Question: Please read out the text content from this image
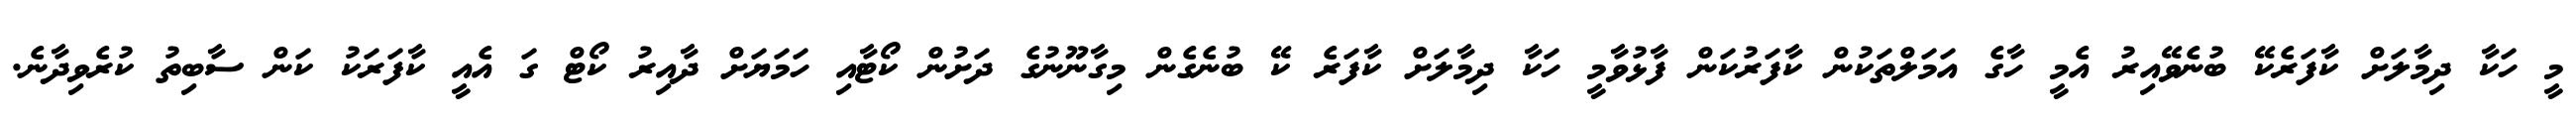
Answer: މީ ހަކާ ދިމާލަށް ކާފަރެކޭ ބުނެވޭއިރު އެމީ ހާގެ އަމަލްތަކުން ކާފަރުކަން ފާޅުވާމީ ހަކާ ދިމާލަށް ކާފަރެ ކޭ ބުނެގެން މިގާނޫނުގެ ދަށުން ކޯޓާއި ހަމަޔަށް ދާއިރު ކޯޓް ގަ އެއީ ކާފަރަކު ކަން ސާބިތު ކުރެވިދާނެ.